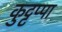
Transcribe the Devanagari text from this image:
कुट्टप्पा